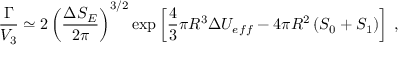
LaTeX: \frac { \Gamma } { V _ { 3 } } \simeq 2 \left( \frac { \Delta S _ { E } } { 2 \pi } \right) ^ { 3 / 2 } \exp \left[ \frac { 4 } { 3 } \pi R ^ { 3 } \Delta U _ { e f f } - 4 \pi R ^ { 2 } \left( { \cal S } _ { 0 } + { \cal S } _ { 1 } \right) \right] \; ,